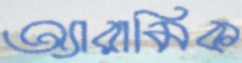
অ্যারামিক